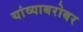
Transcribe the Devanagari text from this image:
यांव्याबरोबर